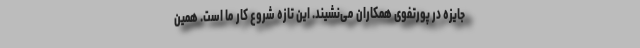
جایزه در پورتفوی همکاران می‌نشیند. این تازه شروع کار ما است. همین